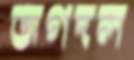
জগদল